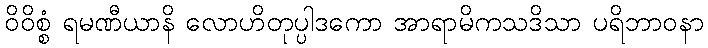
ဝိဝိစ္စံ ရမဏီယာနိ လောဟိတုပ္ပါဒကော အာရာမိကသဒိသာ ပရိဘာဝနာ